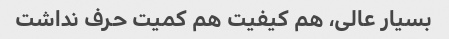
بسیار عالی، هم کیفیت هم کمیت حرف نداشت